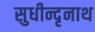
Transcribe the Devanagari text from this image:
सुधीन्दृनाथ